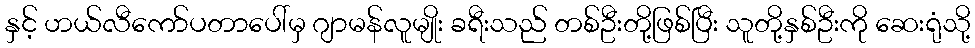
နှင့် ဟယ်လီကော်ပတာပေါ်မှ ဂျာမန်လူမျိုး ခရီးသည် တစ်ဦးတို့ဖြစ်ပြီး သူတို့နှစ်ဦးကို ဆေးရုံသို့